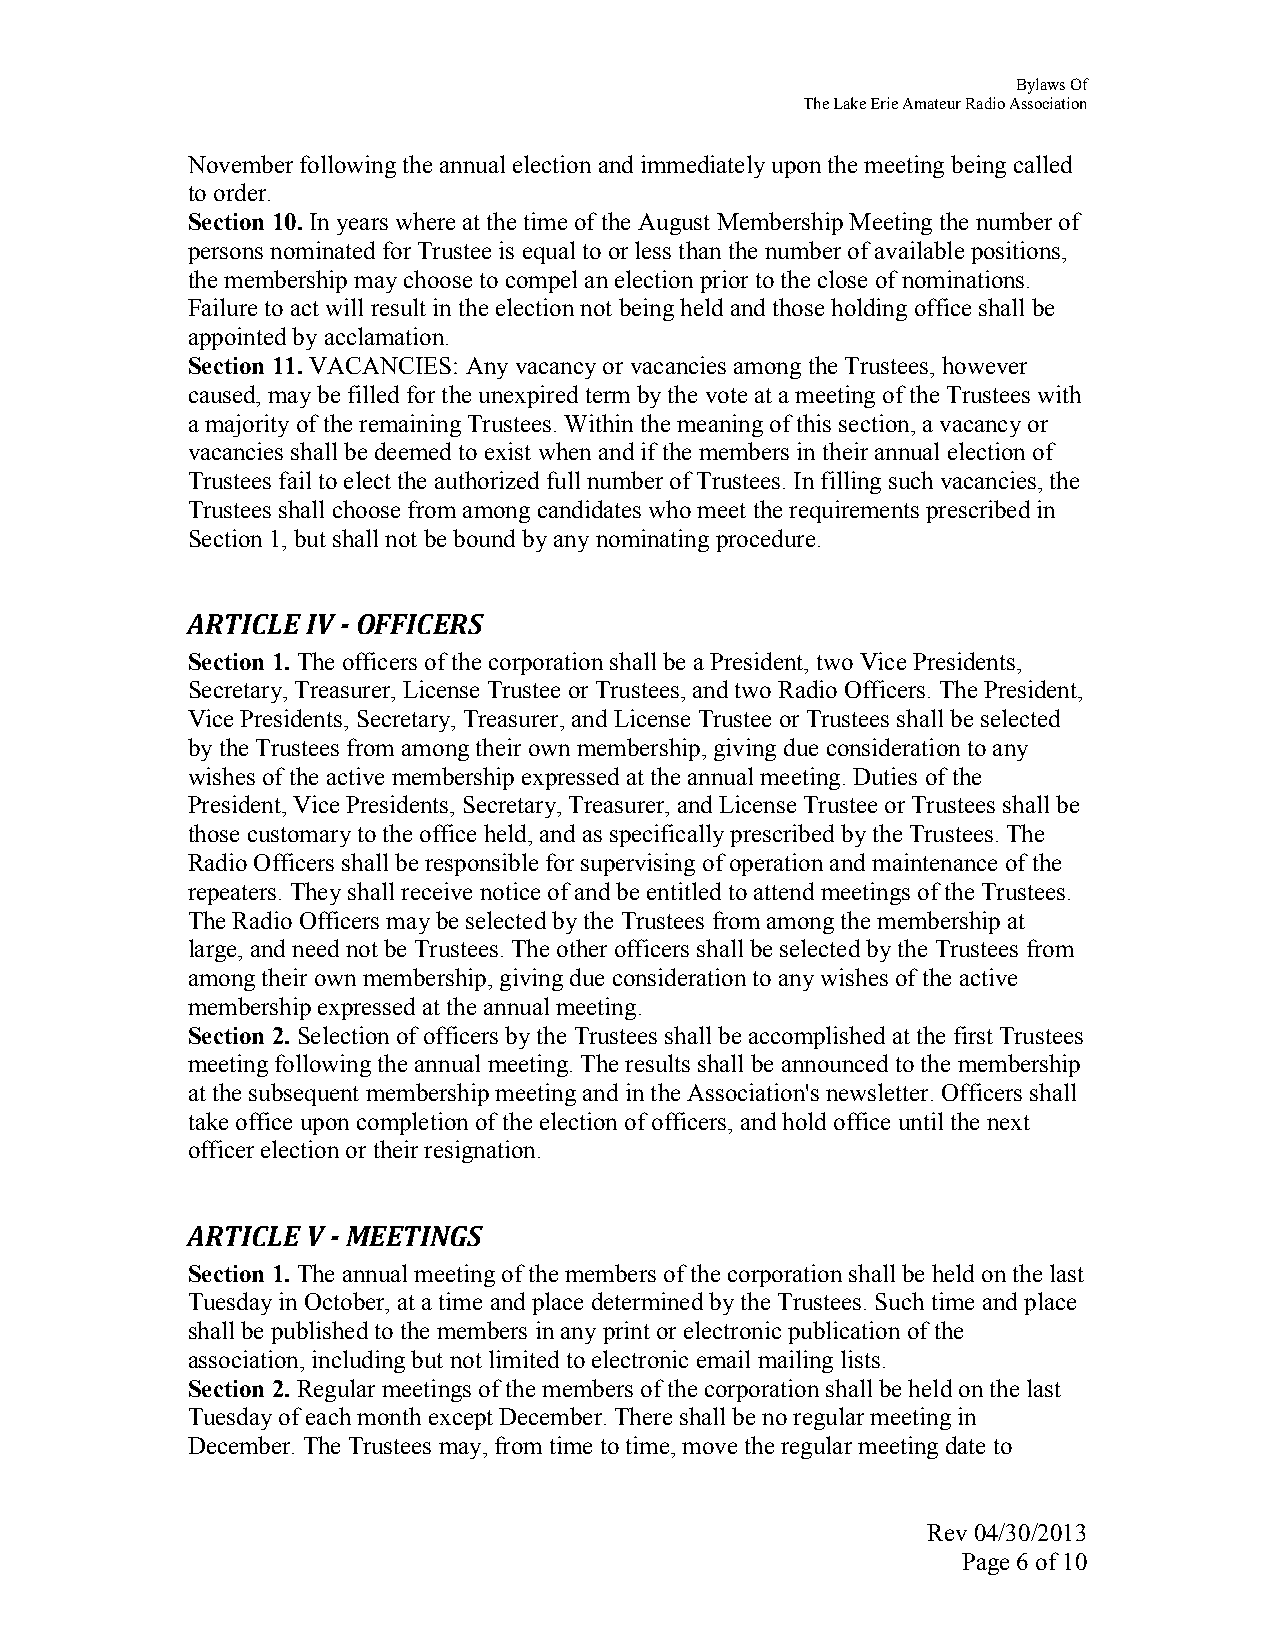
Bylaws Of
 The Lake Erie Amateur Radio Association
 November following the annual election and immediately upon the meeting being called
 to order.
 Section 10. In years where at the time of the August Membership Meeting the number of
 persons nominated for Trustee is equal to or less than the number of available positions,
 the membership may choose to compel an election prior to the close of nominations.
 Failure to act will result in the election not being held and those holding office shall be
 appointed by acclamation.
 Section 11. VACANCIES: Any vacancy or vacancies among the Trustees, however
 caused, may be filled for the unexpired term by the vote at a meeting of the Trustees with
 a majority of the remaining Trustees. Within the meaning of this section, a vacancy or
 vacancies shall be deemed to exist when and if the members in their annual election of
 Trustees fail to elect the authorized full number of Trustees. In filling such vacancies, the
 Trustees shall choose from among candidates who meet the requirements prescribed in
 Section 1, but shall not be bound by any nominating procedure.
 ARTICLE IV - OFFICERS
 Section 1. The officers of the corporation shall be a President, two Vice Presidents,
 Secretary, Treasurer, License Trustee or Trustees, and two Radio Officers. The President,
 Vice Presidents, Secretary, Treasurer, and License Trustee or Trustees shall be selected
 by the Trustees from among their own membership, giving due consideration to any
 wishes of the active membership expressed at the annual meeting. Duties of the
 President, Vice Presidents, Secretary, Treasurer, and License Trustee or Trustees shall be
 those customary to the office held, and as specifically prescribed by the Trustees. The
 Radio Officers shall be responsible for supervising of operation and maintenance of the
 repeaters. They shall receive notice of and be entitled to attend meetings of the Trustees.
 The Radio Officers may be selected by the Trustees from among the membership at
 large, and need not be Trustees. The other officers shall be selected by the Trustees from
 among their own membership, giving due consideration to any wishes of the active
 membership expressed at the annual meeting.
 Section 2. Selection of officers by the Trustees shall be accomplished at the first Trustees
 meeting following the annual meeting. The results shall be announced to the membership
 at the subsequent membership meeting and in the Association's newsletter. Officers shall
 take office upon completion of the election of officers, and hold office until the next
 officer election or their resignation.
 ARTICLE V - MEETINGS
 Section 1. The annual meeting of the members of the corporation shall be held on the last
 Tuesday in October, at a time and place determined by the Trustees. Such time and place
 shall be published to the members in any print or electronic publication of the
 association, including but not limited to electronic email mailing lists.
 Section 2. Regular meetings of the members of the corporation shall be held on the last
 Tuesday of each month except December. There shall be no regular meeting in
 December. The Trustees may, from time to time, move the regular meeting date to
 Rev 04/30/2013
 Page 6 of 10